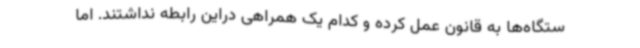
ستگاه‌ها به قانون عمل کرده و کدام یک همراهی دراین رابطه نداشتند. اما